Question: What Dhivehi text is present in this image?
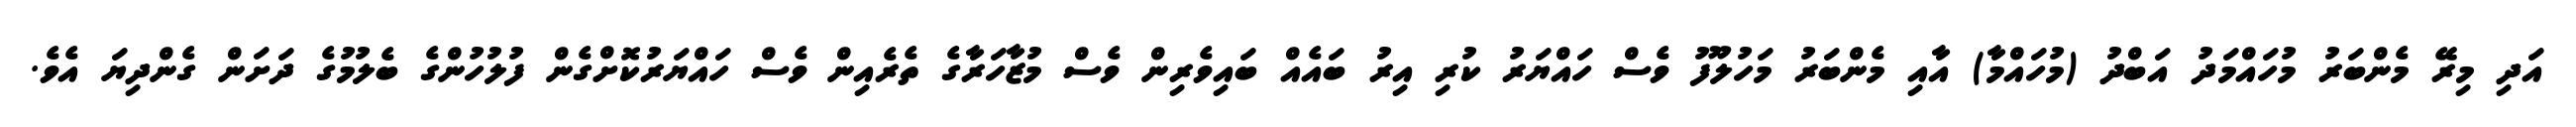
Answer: އަދި މިރޭ މެންބަރު މުހައްމަދު އަބްދު (މުހައްމާ) އާއި މެންބަރު މަހުލޫފު ވެސް ހައްޔަރު ކުރި އިރު ބައެއް ބައިވެރިން ވެސް މުޒާހަރާގެ ތެރެއިން ވެސް ހައްޔަރުކޮށްގެން ފުލުހުންގެ ބެލުމުގެ ދަށަން ގެންދިޔަ އެވެ.